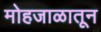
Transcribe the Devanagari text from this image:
मोहजाळातून